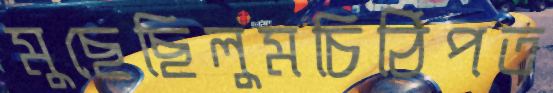
মুছেছিলুমচিঠিপত